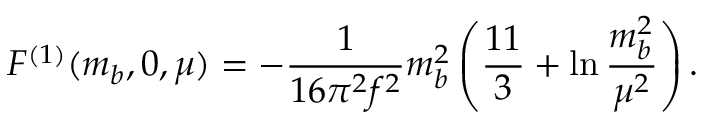
F ^ { ( 1 ) } ( m _ { b } , 0 , \mu ) = - { \frac { 1 } { 1 6 \pi ^ { 2 } f ^ { 2 } } } m _ { b } ^ { 2 } \left( { \frac { 1 1 } { 3 } } + \ln { \frac { m _ { b } ^ { 2 } } { \mu ^ { 2 } } } \right) .